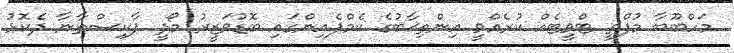
މަހްބޫބާ މުފްތީ ޓްވީޓެއް ކުރެއްވީ އިންތިޚާބުގެ ކެމްޕެއިންގައި ބޮޑުވަޒީރު މޯދީ ޕާކިސްތާނާ ދެކޮޅު